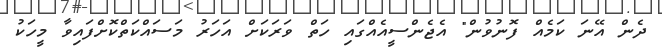
ދެން އޭނަ ކަމެއް ފޮނުވުން" އެޖެންސީއެއްގައި ހަތް ވަރަކަށް އަހަރު މަސައްކަތްކޮށްފައިވާ މީހަކު